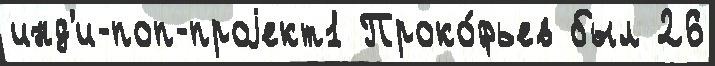
инд'и-поп-проjект1 Проко́фьев был 26